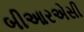
બીઆરએસી